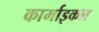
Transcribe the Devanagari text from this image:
कार्माइकल